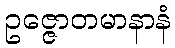
ဥဇ္ဇောတမာနာနံ